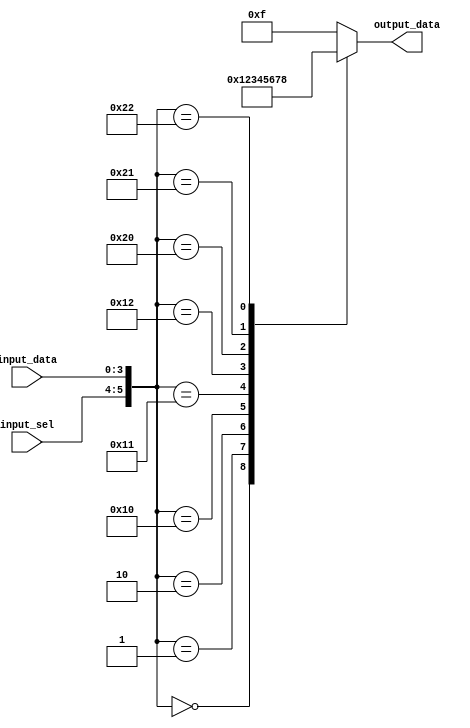
module unique_case_statement (
    input [1:0] input_sel,
    input [3:0] input_data,
    output reg [3:0] output_data
);

always @* begin
    case ({input_sel, input_data})
        {2'b00, 4'b0000}: output_data = 4'b0000;
        {2'b00, 4'b0001}: output_data = 4'b0001;
        {2'b00, 4'b0010}: output_data = 4'b0010;
        {2'b01, 4'b0000}: output_data = 4'b0011;
        {2'b01, 4'b0001}: output_data = 4'b0100;
        {2'b01, 4'b0010}: output_data = 4'b0101;
        {2'b10, 4'b0000}: output_data = 4'b0110;
        {2'b10, 4'b0001}: output_data = 4'b0111;
        {2'b10, 4'b0010}: output_data = 4'b1000;
        default: output_data = 4'b1111;
    endcase
end

endmodule